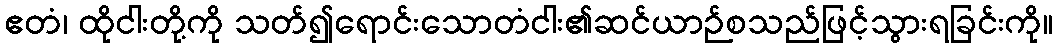
ဧတံ၊ ထိုငါးတို့ကို သတ်၍ရောင်းသောတံငါး၏ဆင်ယာဉ်စသည်ဖြင့်သွားရခြင်းကို။